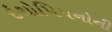
ઇથોપિયનોની